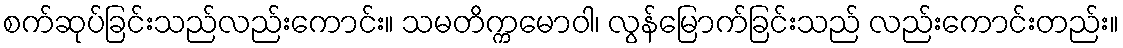
စက်ဆုပ်ခြင်းသည်လည်းကောင်း။ သမတိက္ကမောဝါ၊ လွန်မြောက်ခြင်းသည် လည်းကောင်းတည်း။